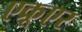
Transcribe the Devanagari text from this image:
एक्रूएर